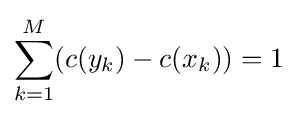
\sum \limits _{k=1}^{M}(c(y_{k})-c(x_{k}))=1